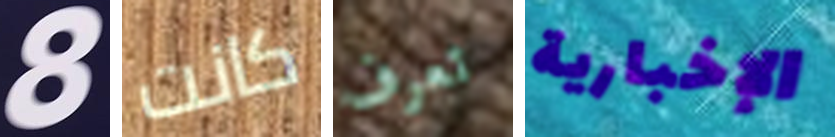
8 كانت تعرف الإخبارية